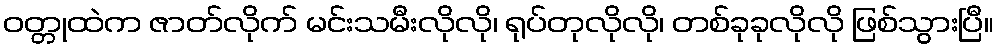
ဝတ္တုထဲက ဇာတ်လိုက် မင်းသမီးလိုလို၊ ရုပ်တုလိုလို၊ တစ်ခုခုလိုလို ဖြစ်သွားပြီ။